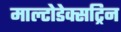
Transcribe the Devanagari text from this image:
माल्टोडेक्सट्रिन